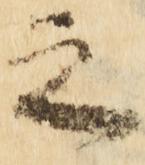
之